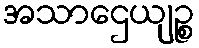
အသာဌေယျဉ္စ